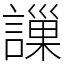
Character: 䜈